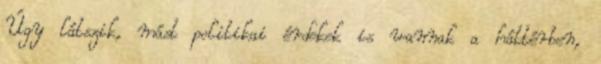
Úgy látszik, mást politikai érdekek is vannak a háttérben,